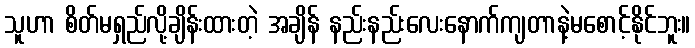
သူဟာ စိတ်မရှည်လို့ချိန်းထားတဲ့ အချိန် နည်းနည်းလေးနောက်ကျတာနဲ့မစောင့်နိုင်ဘူး။